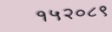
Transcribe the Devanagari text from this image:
१५२०८९